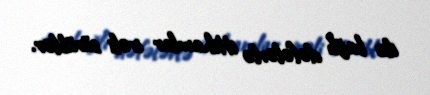
ilə bağlı dəfələrlə ittihamlar irəli sürüblər.